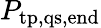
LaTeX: P_{\mathrm{tp,qs,end}}